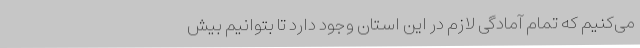
می‌کنیم که تمام آمادگی لازم در این استان وجود دارد تا بتوانیم بیش